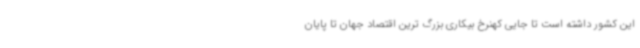
این کشور داشته است تا جایی کهنرخ بیکاری بزرگ ترین اقتصاد جهان تا پایان